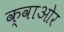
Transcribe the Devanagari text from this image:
क्वाओर